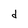
Character: d